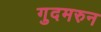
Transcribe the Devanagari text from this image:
गुदमरुन